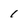
Character: 1